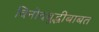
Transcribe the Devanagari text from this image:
विनोदबुद्धीबाबत